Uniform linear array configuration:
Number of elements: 32
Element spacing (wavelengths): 1
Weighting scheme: kaiser
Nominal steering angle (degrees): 45
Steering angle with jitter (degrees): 44.575
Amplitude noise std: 0.05
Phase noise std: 0.05

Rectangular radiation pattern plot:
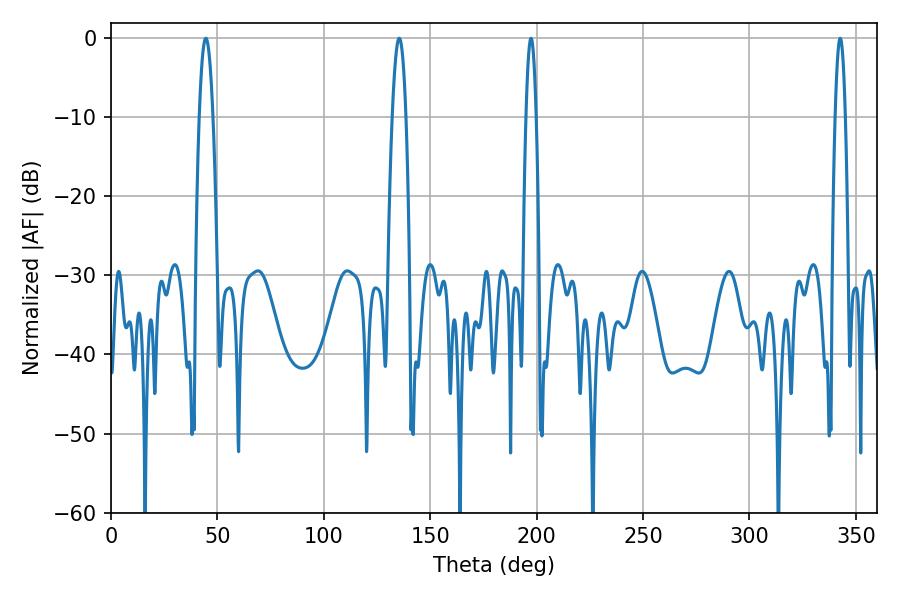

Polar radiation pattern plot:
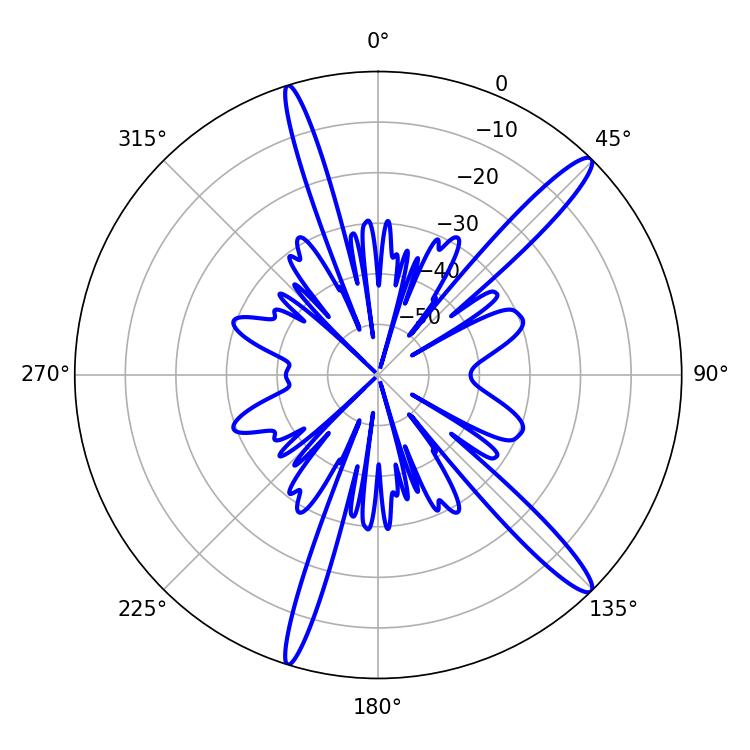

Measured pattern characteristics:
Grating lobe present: TRUE
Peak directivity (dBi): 14.908
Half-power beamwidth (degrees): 3.42
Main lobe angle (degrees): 44.64